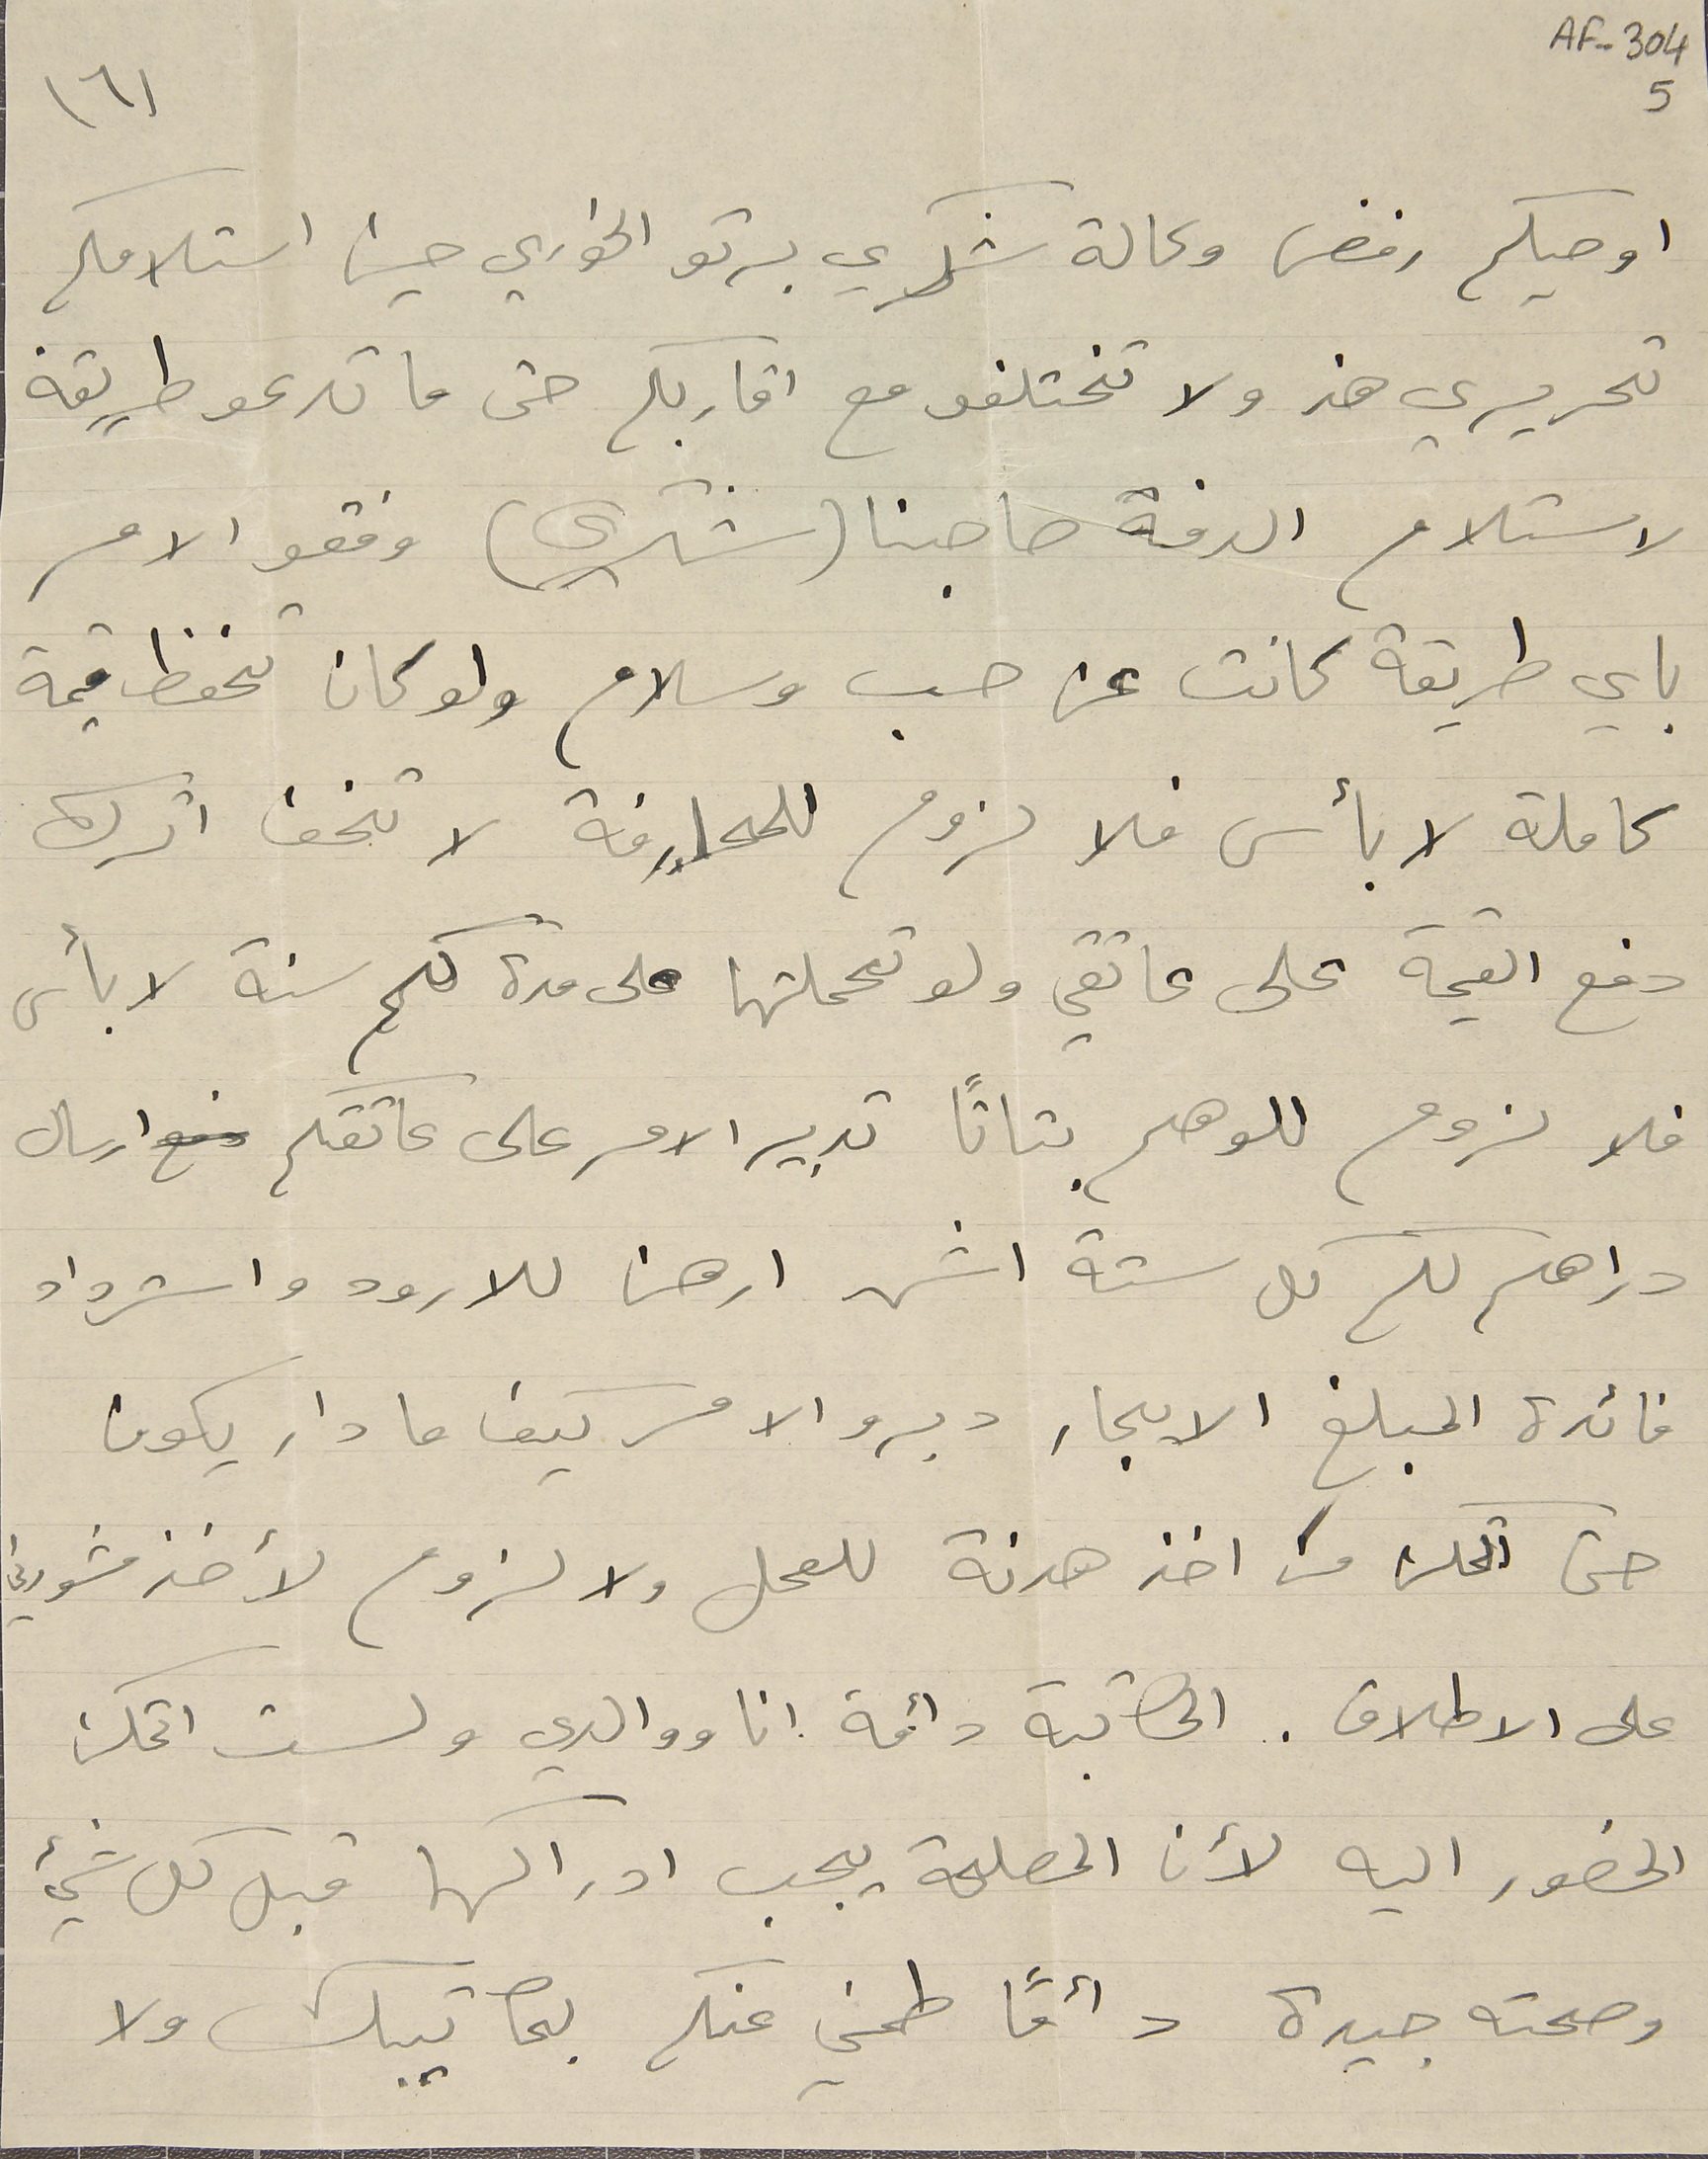
AF-304 5
(٦)
اوصيكم رفض وكالة شكري برتو الخوري حين استلامكم
 تحريري هذ ولا تختلفو مع اقاربكم حتى ما تدعو طريقة
لاستلام الذمة صاحبنا (شكري) وفقو الامر
باي طريقة كانت عن حب وسلام ولو كان تحفظ قيمة
كاملة لا بأس فلا لزوم للمحارفة لا تخف اترك
دفع القيمة على عاتقي ولو تحملتها على مدة كم سنة لا بأس
فلا لزوم للوهم بتاتاً تدبير الامر على عاتقكم ارسال
دراهم لكم كل ستة اشهر ارهن للارود واسترداد
فائدة المبلغ الايجار دبرو الامر كيف ما دار يكون
حتى اتمكن من اخذ هدنة للعمل ولا لزوم لأخذ مشورتي
على الاطلاق. المكاتبة دائمة انا ووالدي ولست اتمكن
الحضور اليه لأن المصلحة يجب ادراكها قبل كل شيء
وصحته جيدة دائمًا طمني عنكم بمكاتيبك ولا